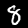
Digit: 8